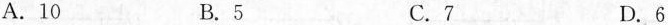
A.10 B.5 C.7 D.6